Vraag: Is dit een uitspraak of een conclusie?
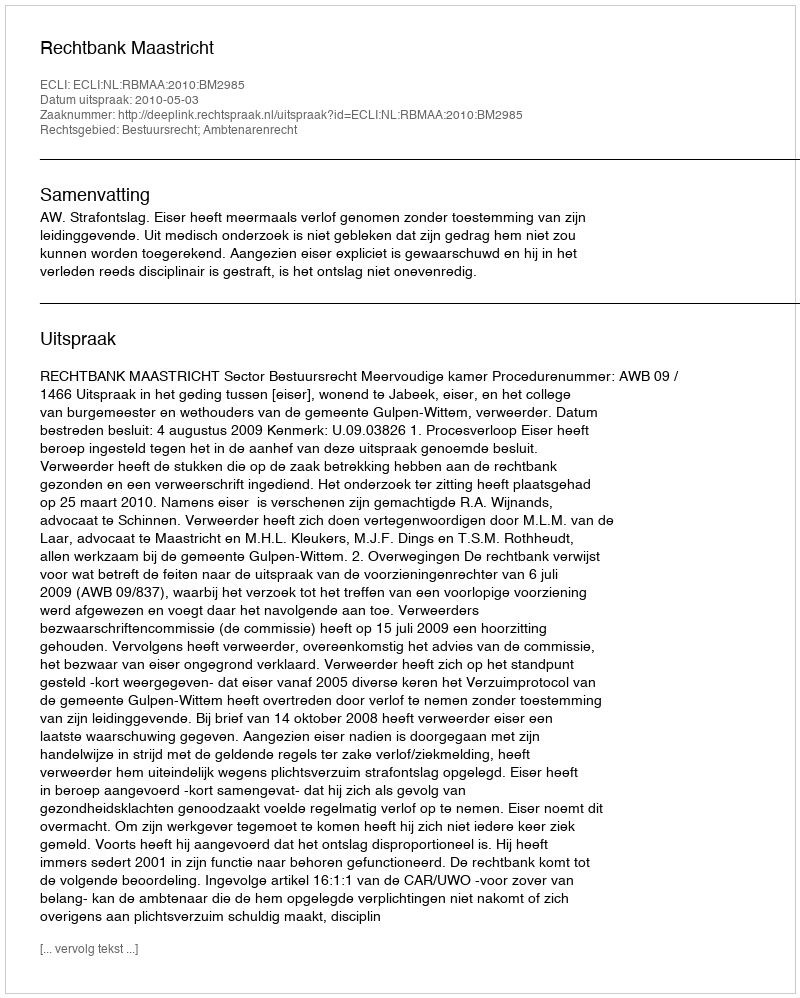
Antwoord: Uitspraak